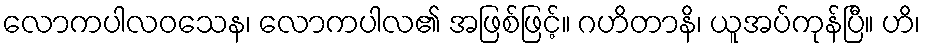
လောကပါလဝသေန၊ လောကပါလ၏ အဖြစ်ဖြင့်။ ဂဟိတာနိ၊ ယူအပ်ကုန်ပြီ။ ဟိ၊